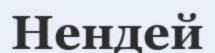
Нендей